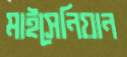
মাইসেনিয়ান